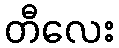
တီလေး